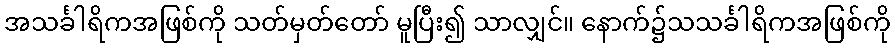
အသင်္ခါရိကအဖြစ်ကို သတ်မှတ်တော် မူပြီး၍ သာလျှင်။ နောက်၌သသင်္ခါရိကအဖြစ်ကို